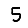
Digit: 5